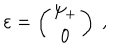
\varepsilon = \left( \begin{matrix} { { \psi _ { + } } } \\ { { 0 } } \\ \end{matrix} \right) ~ ,